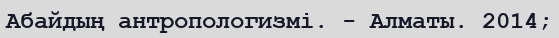
Абайдың антропологизмі. - Алматы. 2014;